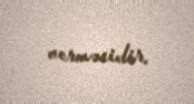
verməsidir.